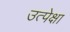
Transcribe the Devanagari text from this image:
उत्पेक्षा